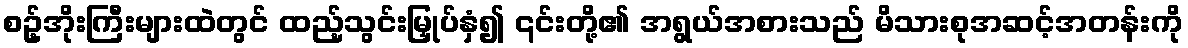
စဥ့်အိုးကြီးများထဲတွင် ထည့်သွင်းမြှုပ်နှံ၍ ၎င်းတို့၏ အရွယ်အစားသည် မိသားစုအဆင့်အတန်းကို